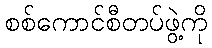
စစ်ကောင်စီတပ်ဖွဲ့ကို